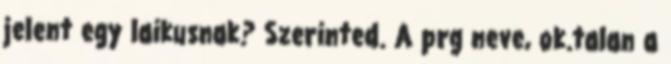
jelent egy laikusnak? Szerinted. A prg neve, ok.talan a